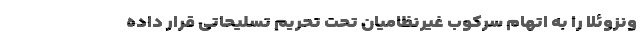
ونزوئلا را به اتهام سرکوب غیرنظامیان تحت تحریم تسلیحاتی قرار داده